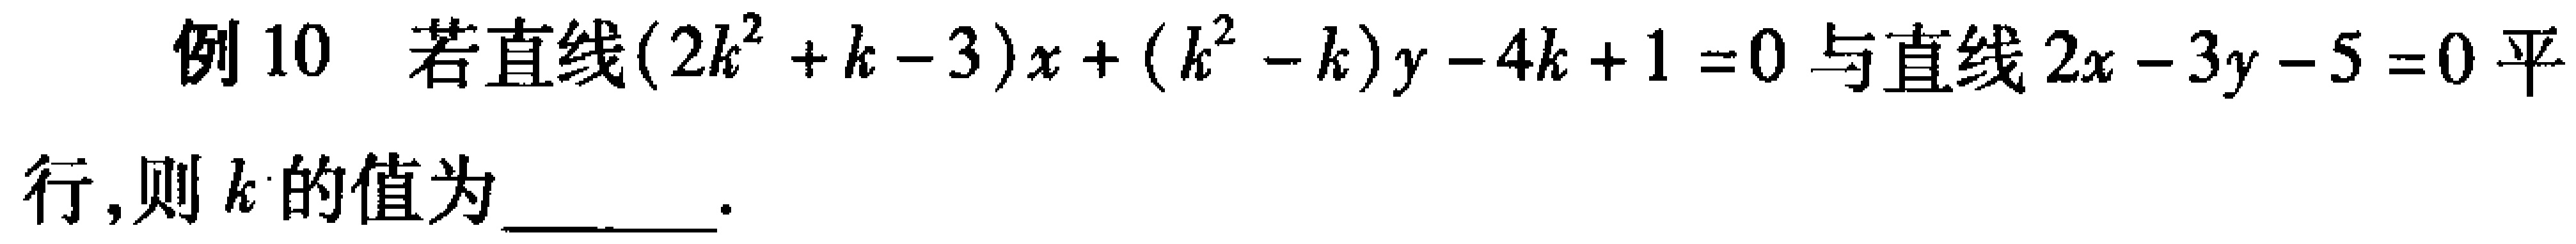
例10 若直线\((2k^{2}+k - 3)x+(k^{2}-k)y-4k + 1 = 0\)与直线\(2x - 3y - 5 = 0\)平行，则\(k\)的值为  。